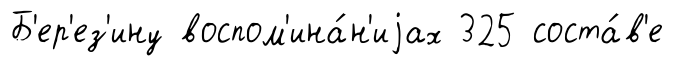
Б'ер'ез'ину воспом'ина́н'иjах 325 соста́в'е